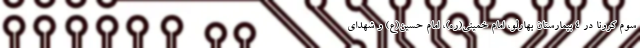
سوم کرونا در ۴ بیمارستان بهارلو، امام خمینی(ره)، امام حسین(ع) و شهدای